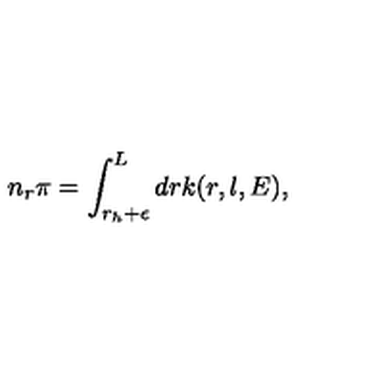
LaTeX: n _ { r } \pi = \int _ { r _ { h } + \epsilon } ^ { L } d r k ( r , l , E ) ,